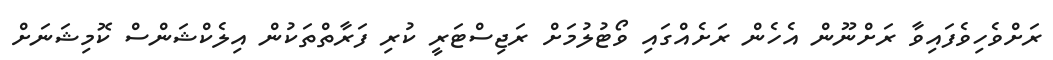
ރަށްވެހިވެފައިވާ ރަށްނޫން އެހެން ރަށެއްގައި ވޯޓުލުމަށް ރަޖިސްޓަރީ ކުރި ފަރާތްތަކުން އިލެކްޝަންސް ކޮމިޝަނަށް